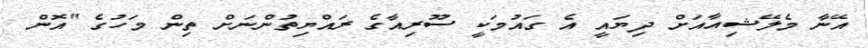
އޭނާ މެލޭޝިއާއަށް ދިޔައީ އެ ގައުމަކީ ސޫރިއާގެ ރައްޔިތުންނަށް ތިން މަހުގެ "އޮން